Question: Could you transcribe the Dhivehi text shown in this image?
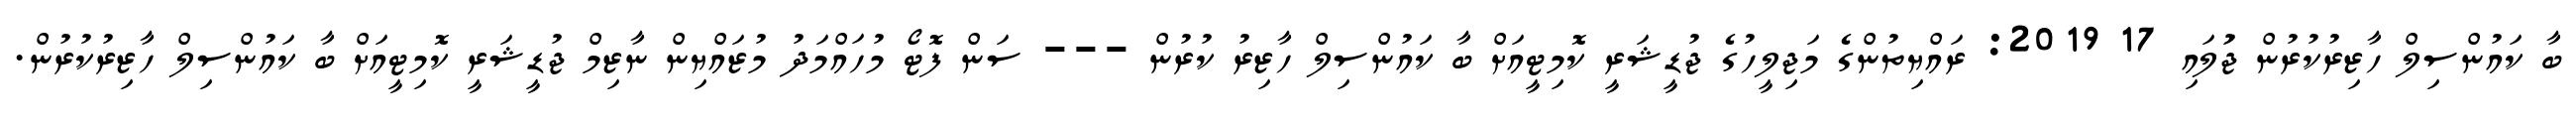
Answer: ބާ ކައުންސިލް ހާޒިރުކުރުން ޖުަލައި 17 2019: ރައްޔިތުންގެ މަޖިލީހުގެ ޖުޑީޝަރީ ކޮމިޓީއަށް ބާ ކައުންސިލް ހާޒިރު ކުރުން --- ސަން ފޮޓޯ މުހައްމަދު މުޒައްޔިން ނާޒިމް ޖުޑީޝަރީ ކޮމިޓީއަށް ބާ ކައުންސިލް ހާޒިރުކުރުން.